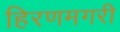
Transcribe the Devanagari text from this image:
हिरणमगरी